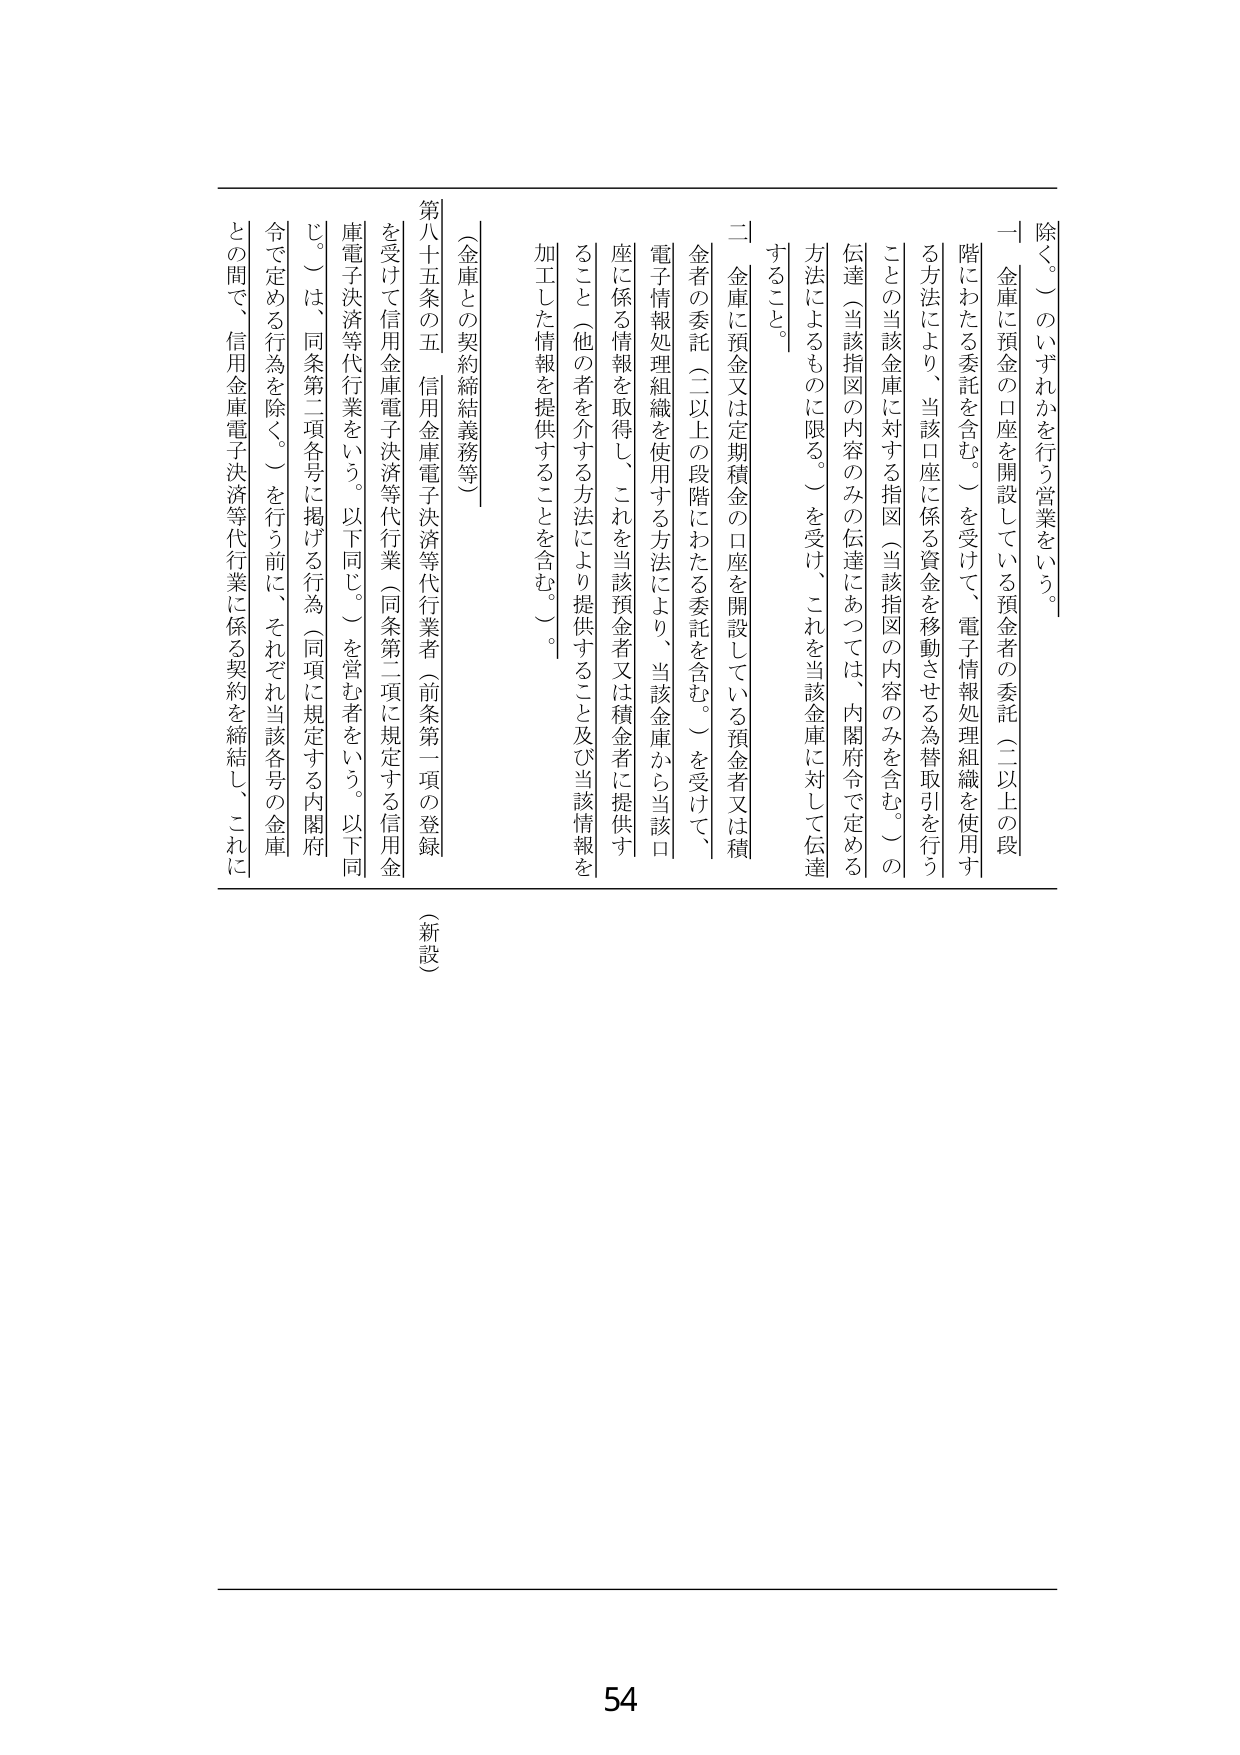
除く。）のいずれかを行う営業をいう。

一 金庫に預金の口座を開設している預金者の委託（二以上の段階にわたる委託を含む。）を受けて、電子情報処理組織を使用する方法により、当該口座に係る資金を移動させる為替取引を行うことの当該金庫に対する指図（当該指図の内容のみを含む。）の伝達（当該指図の内容のみの伝達にあつては、内閣府令で定める方法によるものに限る。）を受け、これを当該金庫に対して伝達すること。

二 金庫に預金又は定期積金の口座を開設している預金者又は積金者の委託（二以上の段階にわたる委託を含む。）を受けて、電子情報処理組織を使用する方法により、当該金庫から当該口座に係る情報を取得し、これを当該預金者又は積金者に提供すること（他の者を介する方法により提供すること及び当該情報を加工した情報を提供することを含む。）。

（金庫との契約締結義務等）

第八十五条の五 信用金庫電子決済等代行業者（前条第一項の登録を受けた信用金庫電子決済等代行業をいう。以下同じ。）を営む者をいう。以下同じ。）は、同条第二項各号に掲げる行為（同項に規定する内閣府令で定める行為を除く。）を行う前に、それぞれ当該各号の金庫との間で、信用金庫電子決済等代行業に係る契約を締結し、これに

（新設）

54